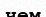
чем